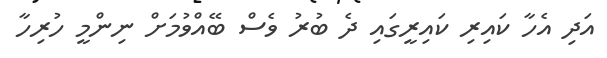
އަދި އެހާ ކައިރި ކައިރީގައި ދެ ބުރު ވެސް ބޭއްވުމަށް ނިންމީ ހުރިހާ